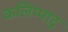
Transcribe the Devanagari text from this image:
कलिप्पाटु